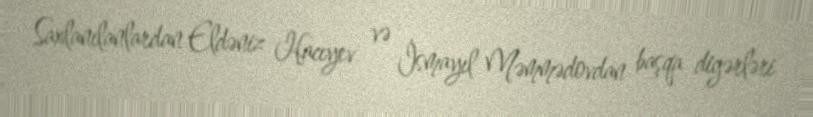
Saxlanılanlardan Eldəniz Hacıyev və İsmayıl Məmmədovdan başqa digərləri